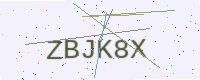
Text: ZBJK8X